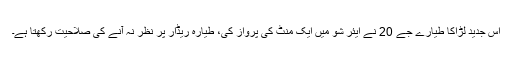
اس جدید لڑاکا طیارے جے 20 نے ایئر شو میں ایک منٹ کی پرواز کی، طیارہ ریڈار پر نظر نہ آنے کی صلاحیت رکھتا ہے۔